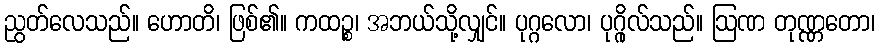
ညွတ်လေသည်။ ဟောတိ၊ ဖြစ်၏။ ကထဉ္စ၊ အဘယ်သို့လျှင်။ ပုဂ္ဂလော၊ ပုဂ္ဂိုလ်သည်။ ဩဏ တုဏ္ဏတော၊